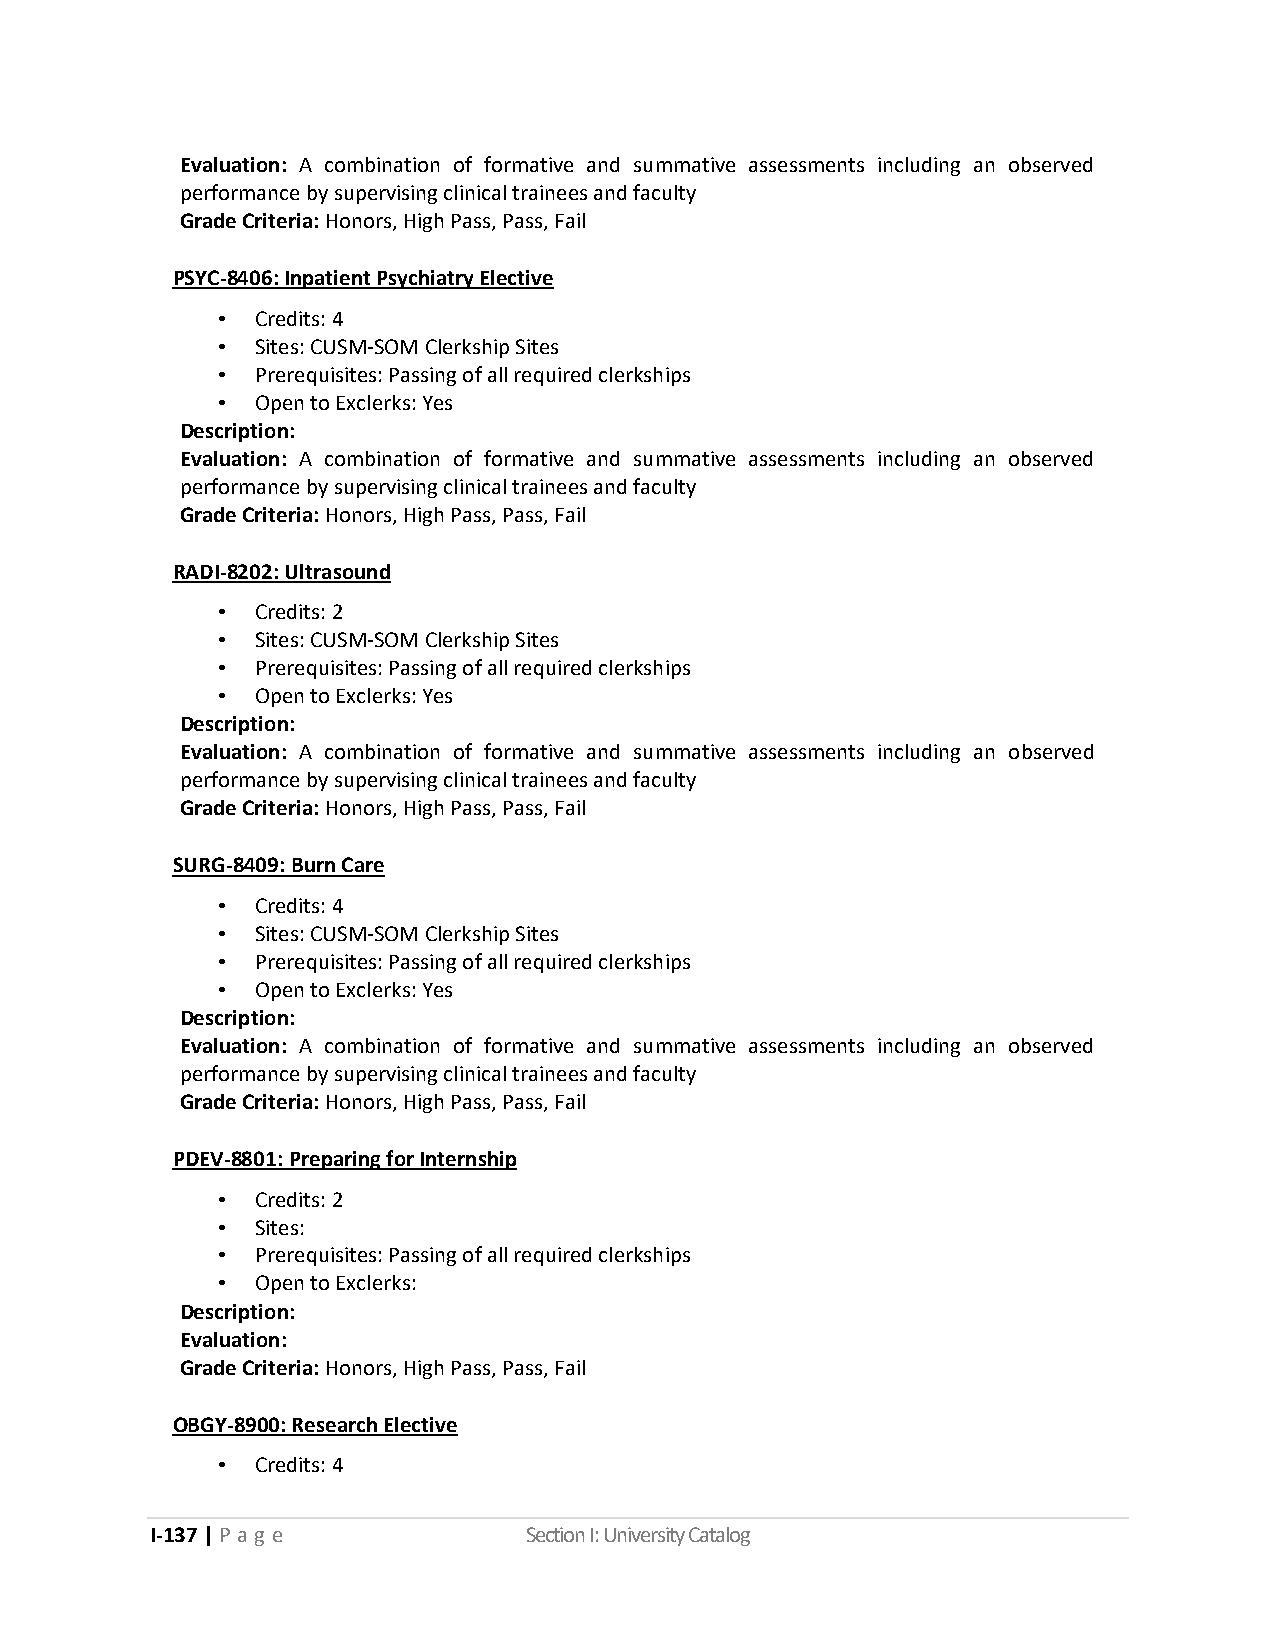
Evaluation: A combination of formative and summative assessments including an observed
 performance by supervising clinical trainees and faculty
 Grade Criteria: Honors, High Pass, Pass, Fail
 PSYC-8406: Inpatient Psychiatry Elective
 •  Credits: 4
 •  Sites: CUSM-SOM Clerkship Sites
 •  Prerequisites: Passing of all required clerkships
 •  Open to Exclerks: Yes
 Description:
 Evaluation: A combination of formative and summative assessments including an observed
 performance by supervising clinical trainees and faculty
 Grade Criteria: Honors, High Pass, Pass, Fail
 RADI-8202: Ultrasound
 •  Credits: 2
 •  Sites: CUSM-SOM Clerkship Sites
 •  Prerequisites: Passing of all required clerkships
 •  Open to Exclerks: Yes
 Description:
 Evaluation: A combination of formative and summative assessments including an observed
 performance by supervising clinical trainees and faculty
 Grade Criteria: Honors, High Pass, Pass, Fail
 SURG-8409: Burn Care
 •  Credits: 4
 •  Sites: CUSM-SOM Clerkship Sites
 •  Prerequisites: Passing of all required clerkships
 •  Open to Exclerks: Yes
 Description:
 Evaluation: A combination of formative and summative assessments including an observed
 performance by supervising clinical trainees and faculty
 Grade Criteria: Honors, High Pass, Pass, Fail
 PDEV-8801: Preparing for Internship
 •  Credits: 2
 •  Sites:
 •  Prerequisites: Passing of all required clerkships
 •  Open to Exclerks:
 Description:
 Evaluation:
 Grade Criteria: Honors, High Pass, Pass, Fail
 OBGY-8900: Research Elective
 •  Credits: 4
 I-137 | P a g e          Section I: University Catalog